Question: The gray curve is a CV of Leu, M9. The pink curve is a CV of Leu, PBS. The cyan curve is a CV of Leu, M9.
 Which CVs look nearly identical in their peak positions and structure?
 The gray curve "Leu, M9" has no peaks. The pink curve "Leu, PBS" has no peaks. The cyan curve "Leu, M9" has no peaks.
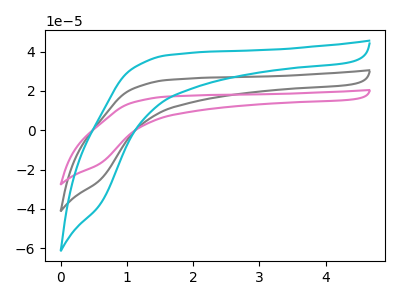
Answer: <think>Neither "Leu, M9" or "Leu, PBS" have any peaks. Neither "Leu, M9" or "Leu, M9" have any peaks. Neither "Leu, PBS" or "Leu, M9" have any peaks.
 </think>
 <answer>"Leu, PBS", "Leu, M9" and "Leu, M9" have the same shape and are likely CV's of the same chemical.</answer>
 <eval>"Leu, PBS" "Leu, M9" "Leu, M9"</eval>